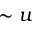
\sim u